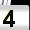
Digit: 4